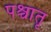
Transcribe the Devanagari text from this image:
पश्चातृ